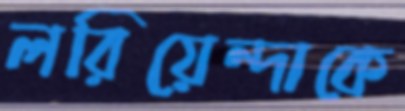
লরিয়েন্দাকে